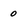
Character: 0